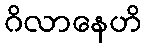
ဂိလာနေဟိ